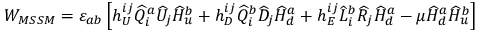
W _ { M S S M } = \varepsilon _ { a b } \left[ h _ { U } ^ { i j } \widehat Q _ { i } ^ { a } \widehat U _ { j } \widehat H _ { u } ^ { b } + h _ { D } ^ { i j } \widehat Q _ { i } ^ { b } \widehat D _ { j } \widehat H _ { d } ^ { a } + h _ { E } ^ { i j } \widehat L _ { i } ^ { b } \widehat R _ { j } \widehat H _ { d } ^ { a } - \mu \widehat H _ { d } ^ { a } \widehat H _ { u } ^ { b } \right]